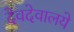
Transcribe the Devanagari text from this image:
देवदेवालये